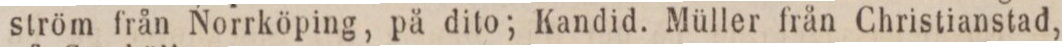
ström från Norrköping, på dito; Kandid. Müller från Christianstad,